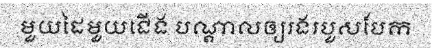
មួយដៃមួយជើង បណ្តាលឲ្យរងរបួសបែក